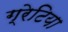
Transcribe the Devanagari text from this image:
ग्रेटिया